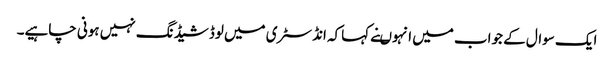
ایک سوال کے جواب میں انہوںنے کہاکہ انڈسٹری میں لوڈشیڈنگ نہیں ہونی چاہیے۔